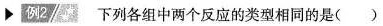
▶例2☆☆，下列各组中两个反应的类型相同的是( )